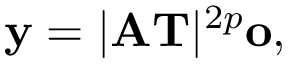
\mathbf { y } = \lvert \mathbf { A } \mathbf { T } \rvert ^ { 2 p } \mathbf { o } ,